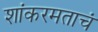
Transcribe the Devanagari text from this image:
शांकरमताचं